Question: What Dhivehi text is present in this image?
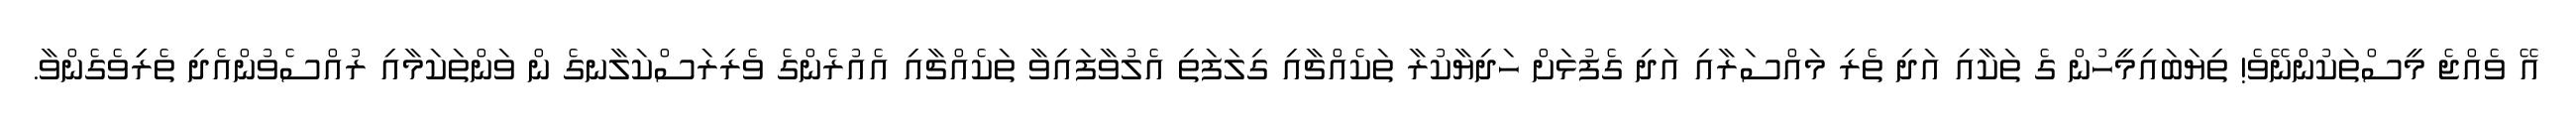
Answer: އޭ ވެއްޖެ މީސްތަކުންނޭވެ! ތިޔަބައިމީހުން ގެ ތަކާއި އަދި ތެރި މައްސަރާއި އަދި ގެފުޅަށް ހަދިޔާކުރާ ތަކެއްޗާއި ގިލަފަތި އެލުވާފައިވާ ތަކެއްޗާއި އެއުރެންގެ ވެރިރަސްކަލާނގެ ން ވަންތަކަމާއި ރުއްސެވުންއެދި ތެރިިވެގެންވާ.